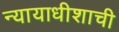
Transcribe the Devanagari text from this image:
न्यायाधीशाची